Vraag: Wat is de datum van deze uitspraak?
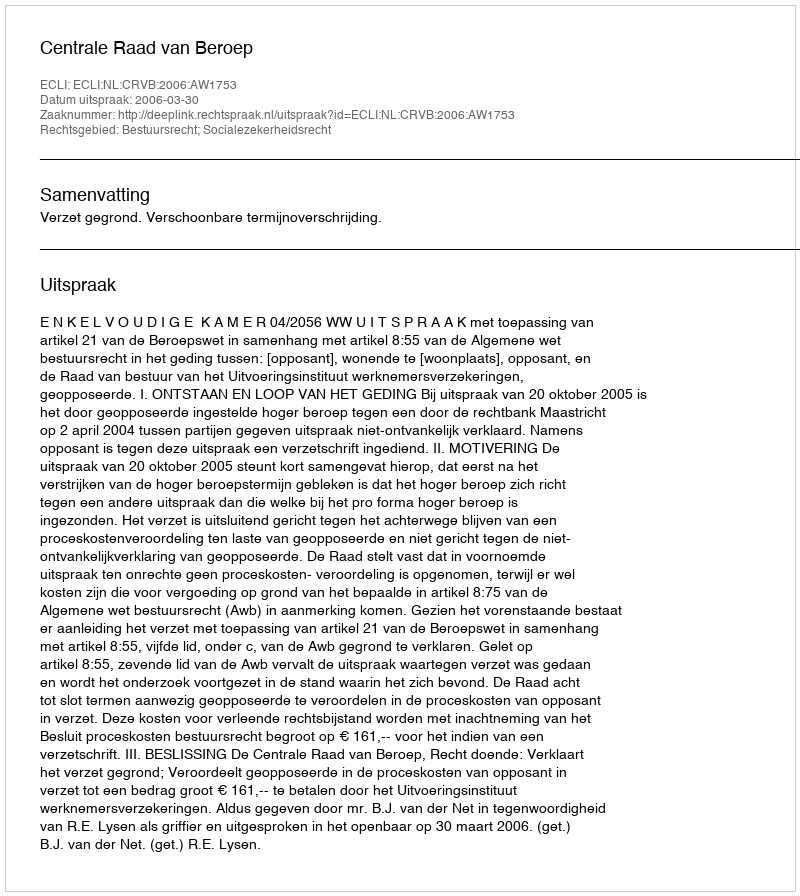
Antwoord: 2006-03-30